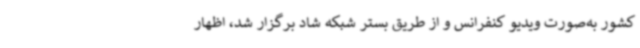
کشور به‌صورت ویدیو کنفرانس و از طریق بستر شبکه شاد برگزار شد، اظهار